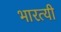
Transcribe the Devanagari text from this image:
भारत्यी